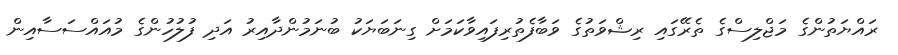
ރައްޔަތުންގެ މަޖްލިސްގެ ތެރޭގައި ރިޝްވަތުގެ ވަބާފެތުރިފައިވާކަމަށް ގިނަބަޔަކު ބުނަމުންދާއިރު އަދި ފުލުހުންގެ މުއައްސަސާއިން